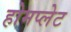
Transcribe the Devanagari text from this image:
होमप्लेट